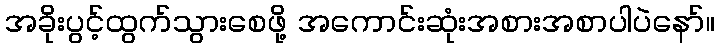
အခိုးပွင့်ထွက်သွားစေဖို့ အကောင်းဆုံးအစားအစာပါပဲနော်။